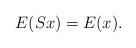
LaTeX: \begin{align*} E(S x) = E(x).\end{align*}